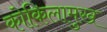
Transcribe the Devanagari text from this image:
कोकिलामुख